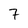
Character: 7